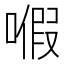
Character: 𠽙